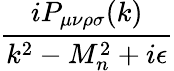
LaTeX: \frac{iP_{\mu\nu\rho\sigma}(k)}{k^{2}-M_{n}^{2}+i\epsilon}